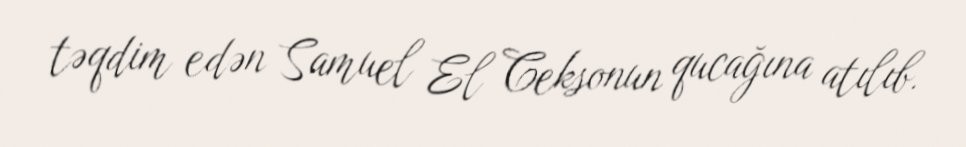
təqdim edən Samuel El Ceksonun qucağına atılıb.